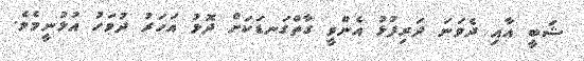
ޝަބީ އާއި ދެވަނަ ދަރިފުޅު އެންވީ ގާތްގަނޑަކަށް ދޮޅު އަހަރު ދުވަހު އުޅުނީމެވެ.